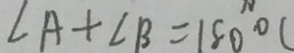
\angle A + \angle B = 1 8 0 ^ { \circ } C